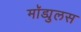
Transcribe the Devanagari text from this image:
मॉड्युलस